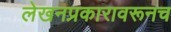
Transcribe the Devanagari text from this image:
लेखनप्रकारावरूनच